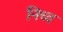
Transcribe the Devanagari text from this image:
निच्च